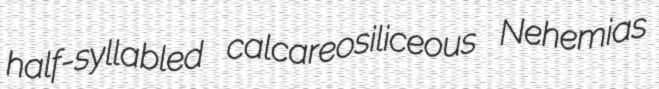
half-syllabled calcareosiliceous Nehemias